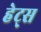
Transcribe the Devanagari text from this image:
हेट्स